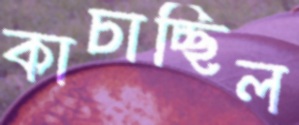
কাচাচ্ছিল